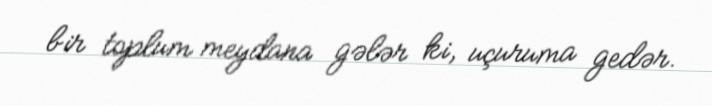
bir toplum meydana gələr ki, uçuruma gedər.